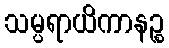
သမ္ပရာယိကာနဉ္စ